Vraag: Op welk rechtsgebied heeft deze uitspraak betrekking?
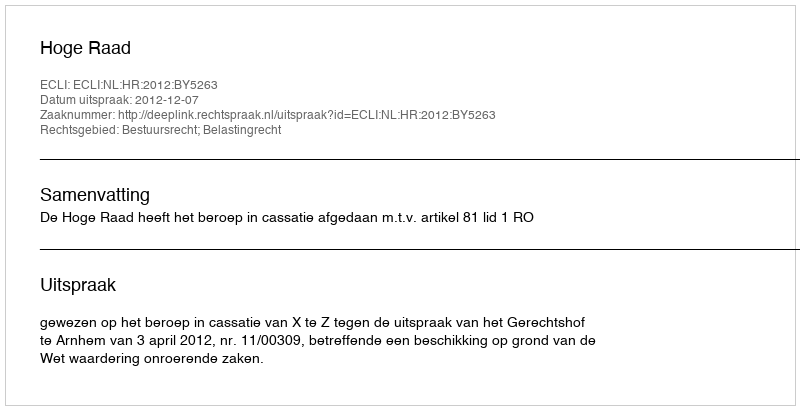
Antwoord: Bestuursrecht; Belastingrecht